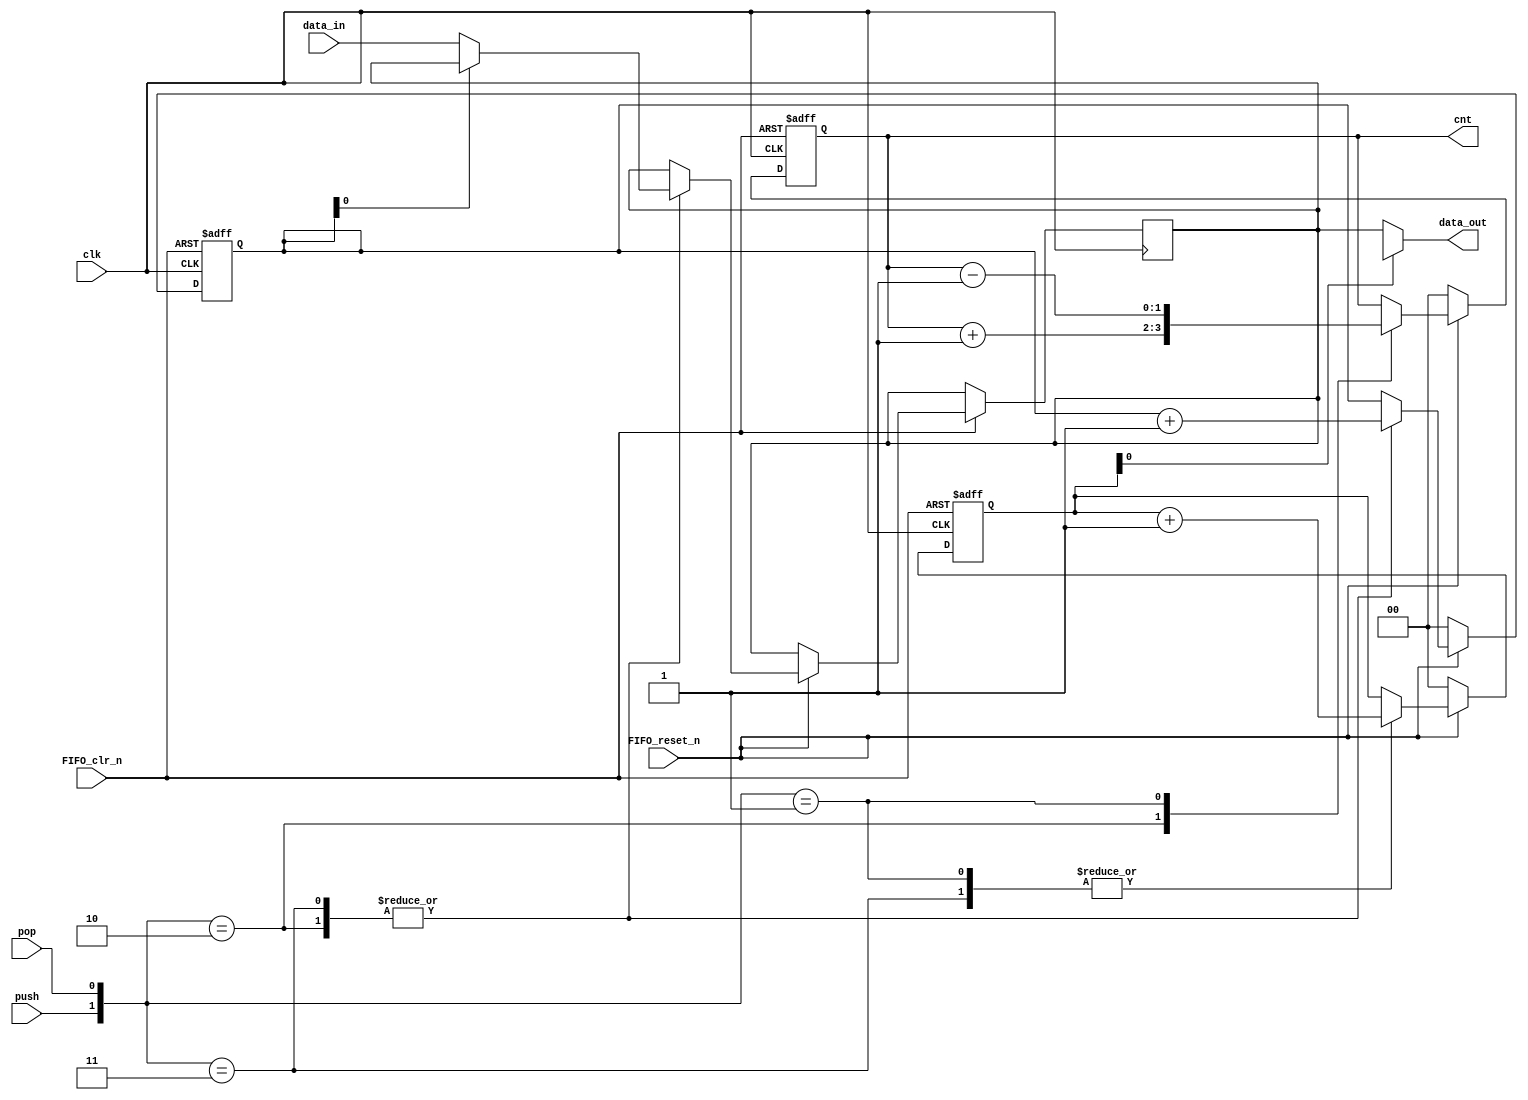
`timescale 1ns/1ns

module FIFO #(
	parameter FIFO_WIDTH = 0,
	parameter FIFO_DEPTH = 0,
	parameter FIFO_PNTR_W = 0,
	parameter FIFO_CNTR_W = 0
)(
	input	[FIFO_WIDTH-1:0]	data_in,
	input	clk, FIFO_clr_n, FIFO_reset_n, push, pop,

	output	[FIFO_WIDTH-1:0]	data_out,
	output reg [FIFO_CNTR_W-1:0] cnt
);

reg [FIFO_WIDTH-1:0] FIFO [0:FIFO_DEPTH-1];
reg [FIFO_PNTR_W-1:0] top;
reg [FIFO_PNTR_W-1:0] btm;

reg [FIFO_DEPTH:0] i = 0;

always @(posedge clk or negedge FIFO_clr_n) begin
	if (!FIFO_clr_n) begin
		top <= 0;
		btm <= 0;
		cnt <= 0;
		for (i = 0; i < FIFO_DEPTH; i=i+1)
									FIFO[i] <= 0;
	end else
	if (!FIFO_reset_n) begin
		top <= 0;
		btm <= 0;
		cnt <= 0;
	end else 
	case ({push,pop})
		2'b10: //write
			begin
				FIFO[top] <= data_in;
				top <= top + 1;
				cnt <= cnt + 1;
			end
		2'b01: //read
			begin
				btm <= btm + 1;
				cnt <= cnt - 1;
			end
		2'b11:
			begin
				FIFO[top] <= data_in;
				top <= top + 1;
				btm <= btm + 1;
			end
		default:
			begin
				top <= top;
				cnt <= cnt;
			end
	endcase
end

assign data_out = FIFO[btm];

endmodule